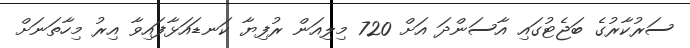
ސަރުކާރުގެ ބަޖެޓުގައި އާސަންދަ އަށް 720 މިލިއަން ރުފިޔާ ކަނޑައަޅާފައިވާ އިރު މިހާތަނަށް